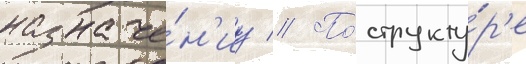
назначе́н'иу // По́ структу́р'е